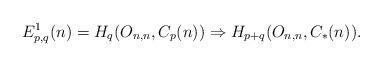
LaTeX: \begin{align*}E^{1}_{p,q}(n) &= H_{q}(O_{n,n}, C_{p}(n)) \Rightarrow H_{p+q}(O_{n,n}, C_{*}(n)) .\end{align*}